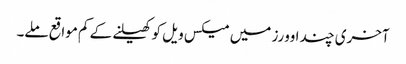
آخری چند اوورز میں میکس ویل کو کھیلنے کے کم مواقع ملے۔